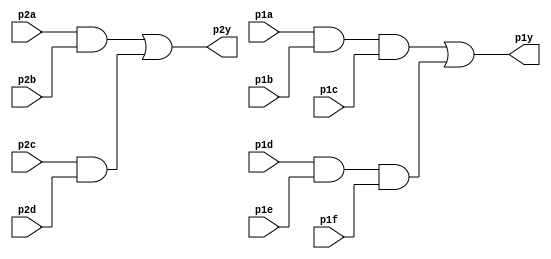
module top_module ( 
    input p1a, p1b, p1c, p1d, p1e, p1f,
    output p1y,
    input p2a, p2b, p2c, p2d,
    output p2y );
    
    /*wire and3_1, and3_2;
    wire and2_1, and2_2;
    
    assign and3_1 = p1a & p1b & p1c;
    assign and3_2 = p1d & p1e & p1f;
    assign p1y = and3_1 | and3_2;
        
    assign and2_1 = p2a & p2b;
    assign and2_2 = p2c & p2d;
    assign p2y = and2_1 | and2_2;*/
    
    assign p1y = (p1a & p1b & p1c) | (p1d & p1e & p1f);
    assign p2y = (p2a & p2b) | (p2c & p2d);
 
endmodule